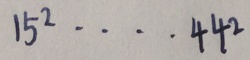
1 5 ^ { 2 } \cdots 4 4 ^ { 2 }